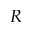
R